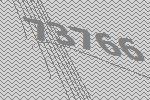
73766